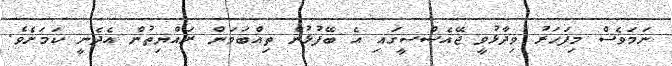
ނަމަވެސް މިފަހަރު ވިދާޅުވީ ޖޭއެސްސީގަައި އެ ބޭފުޅުން ތިއްބަވަން ރައްޔިތުން އެދެނީ ކަމަށެވެ.